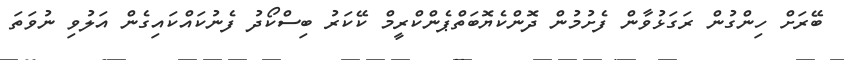
ބޭރަށް ހިންގުން ރަގަޅުވާން ފެށުމުން ދޮންކެޔޮބަތްޕެންކްރީމް ކޭކަރު ބިސްކޯދު ފެނުކައްކައިގެން އަލުވި ނުވަތަ